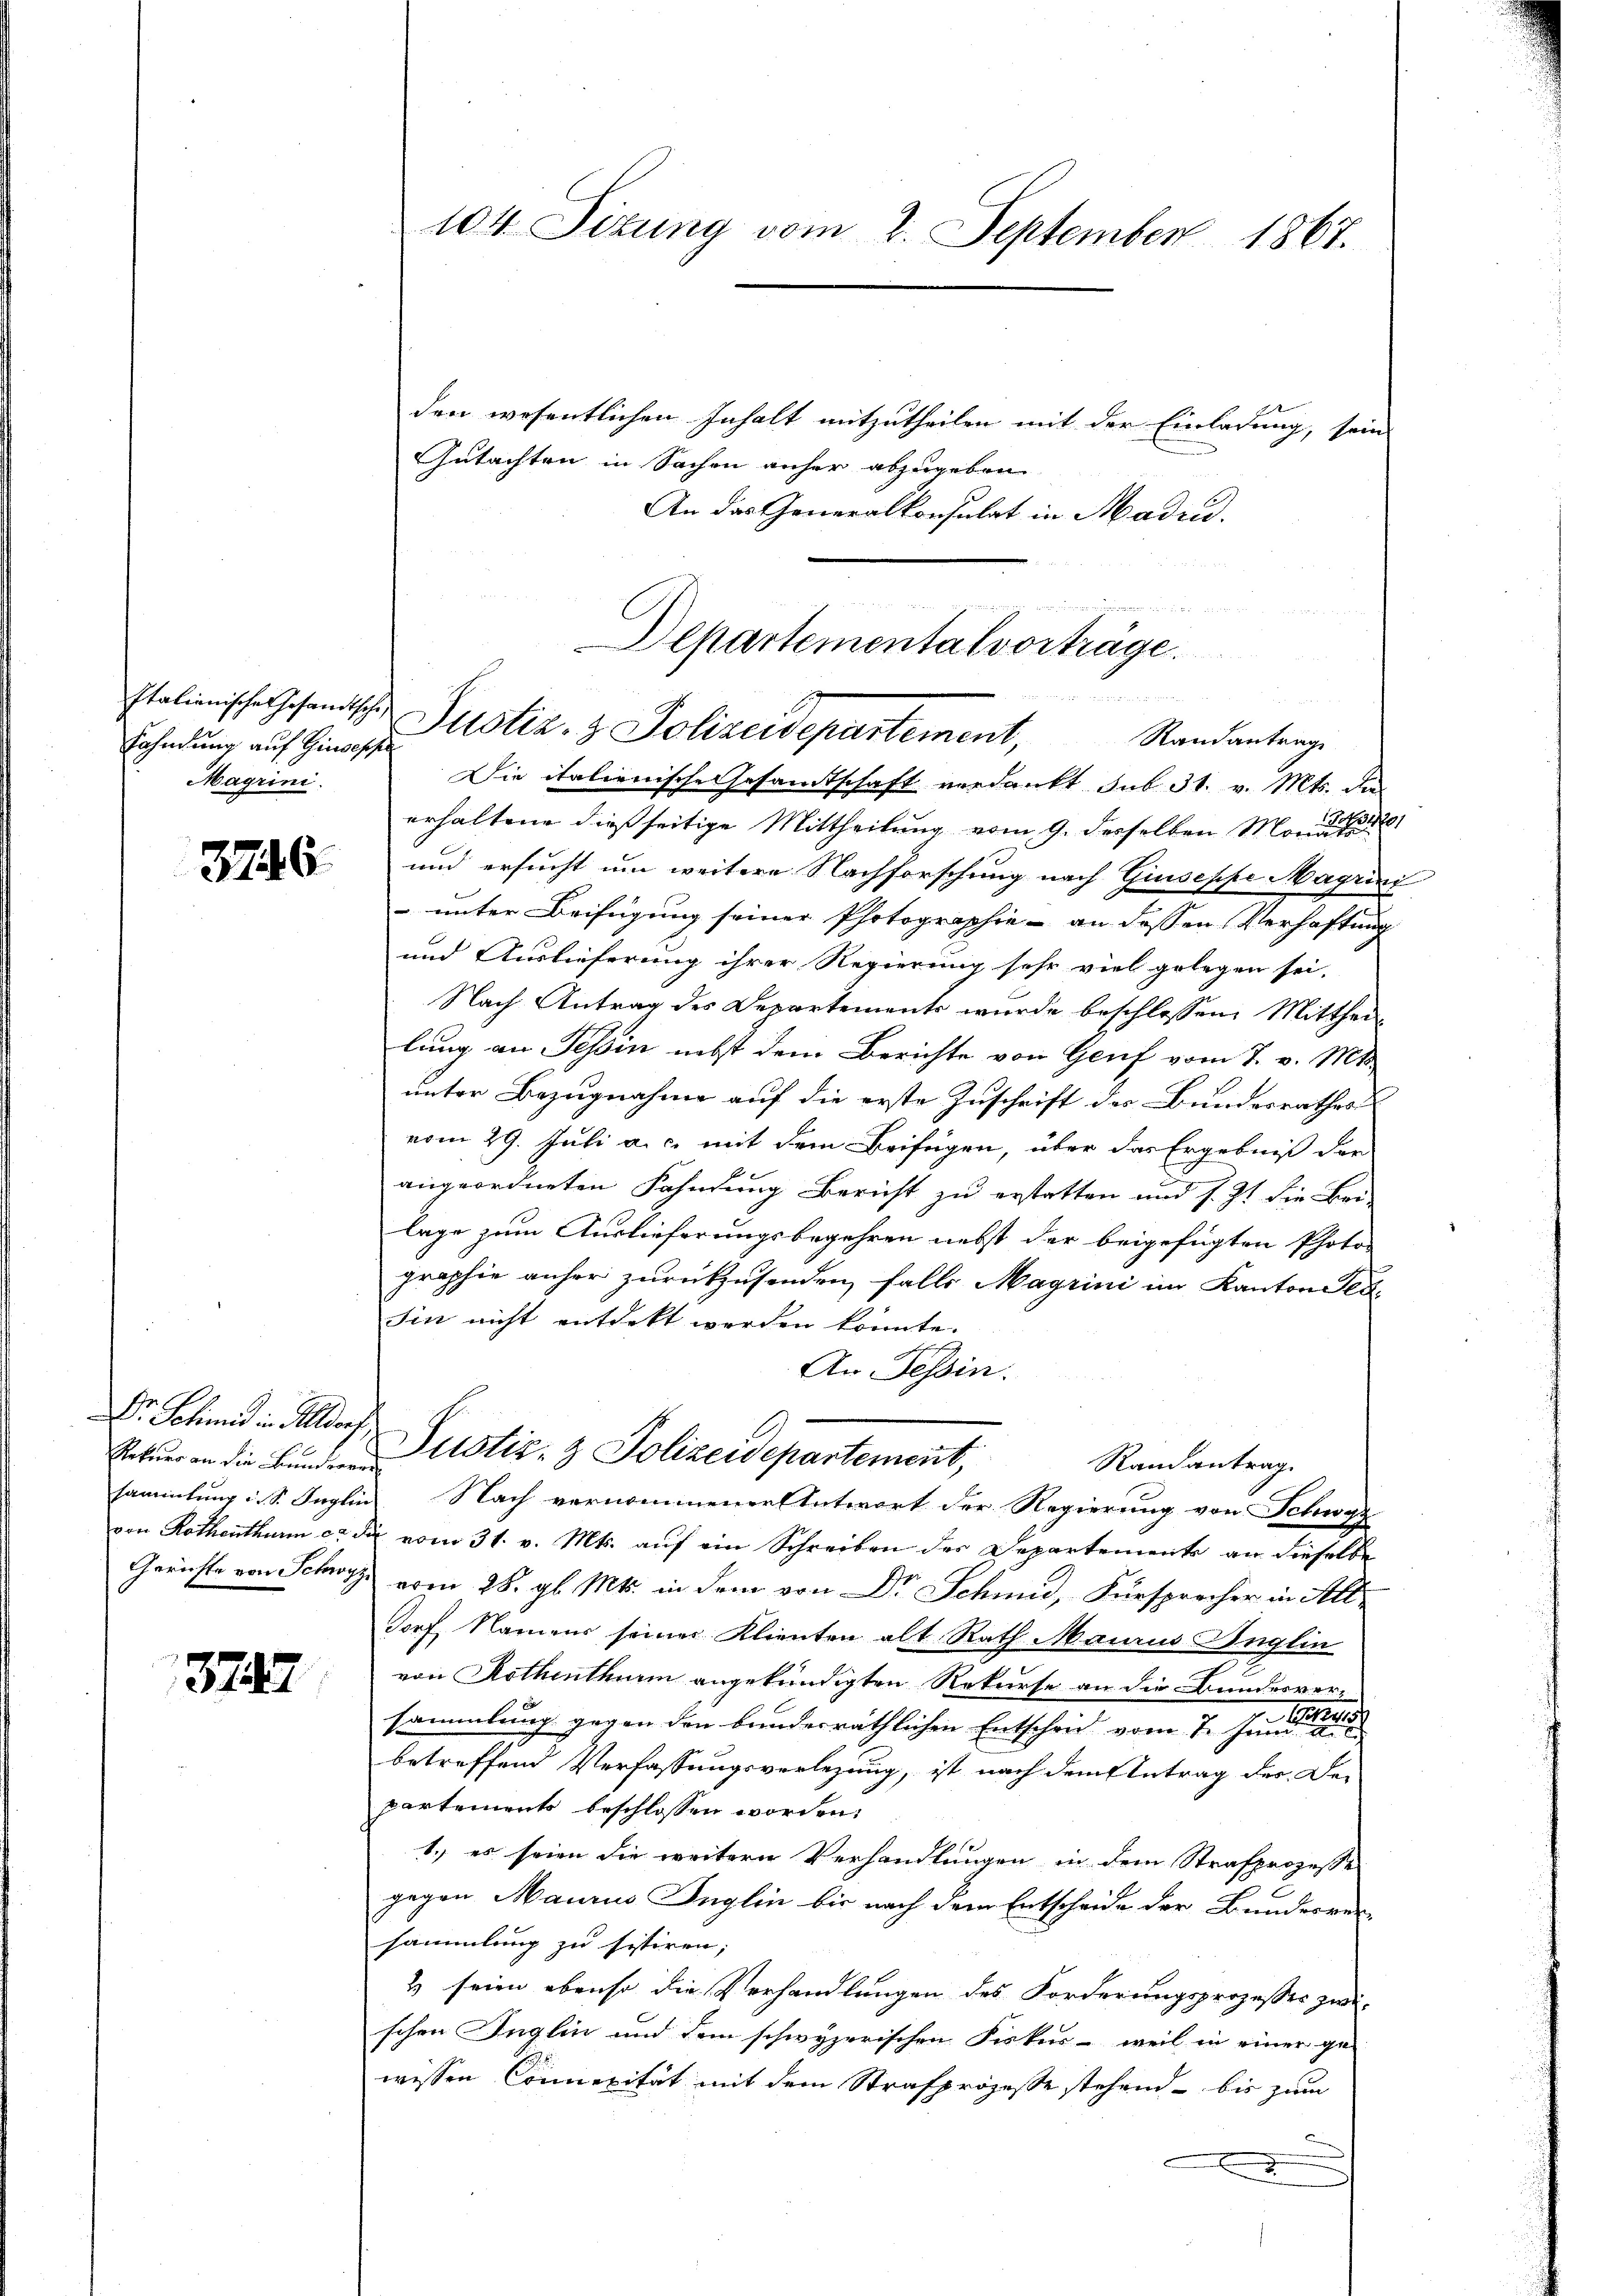
Fahndung auf Zinsessi
Magrini.

3746

Dr Schmid in Altdorf

374

104 Sizung vom 2. September 1867.

den wesentlichen Inhalt mitzutheilen mit der Einladung, sein
Gutachten in Sachen anher abzugeben.
An das Generalkonsulat in Madrid.

Departementalvorträge.
undamen
Italienische Gesandtschen Pustiz- & Polizeidepartement,
Randantrage

Die italienische Gesamtschaft verdankt sub 31. v. Mts. die
erhaltene dießseitige Mittheilung vom 9. desselben Mond fo
und ersucht um weitere Nachforschung nach Giuseppe Magrini
 unter Beifügung seiner Photographie - an dessen Verhaftung
und Auslieferung ihrer Regierung sehr viel gelegen sei.
Nach Antrag des Departements wurde beschlossene Mitthei
lung an Tessin nebst dem Berichte von Genf vom 7. v. Mts.
unter Bezugnahme auf die erste Zuschrift des Bundesrathes
vom 29. Juli a.c. mit dem Beifügen, über das Ergebniß der
angeordneten Fahndung Bericht zu erstatten und s. 2t die Bei-
lage zum Auslieferungsbegehren nebst der beigefügten Photo-
graphie anher zurückzusenden, falls Magrini im Kanton Seesin nicht entdekt werden könnte.
An Tessin.

Ratuer an die Bunden Justiz- & Polizeidepartement,
Randantrag
sammlung i. S. Inglin Nach vernommener Antwort der Regierung von Schwar

von Rothenthurm c. di vom 31. v. Mts. auf ein Schreiben der Departement an dieselbe
Gerichte von Schwyz vom 28. gl. Mts. in dem von Dr Schmid, Fürsprecher in Alldorf, Namens seiner Klienten alt Rath Maiaus Anglin
von Rothenthurm angekündigten Rekurse an die Bundesver-
sammlung gegen den bundesräthlichen Entscheid vom 7. Juni
betreffend Verfassungsverlegung, ist nach dem Antrag des De-
partements beschlossen worden,
1. es seien die weitern Verhandlungen in dem Strafprozesse
gegen Maurus Inglin bis nach dem Entscheide der Bundesver
sammlung zu sistiren;
2 seien ebenso die Verhandlungen des Forderungsprozesses zudi-
schen Inglin und dem schwyzerischen Fiskus - weil in einer ge-
wissen Connexität mit dem Strafprozesse stehend bis zum